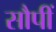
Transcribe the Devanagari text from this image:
सौपीं